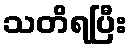
သတိရပြီး